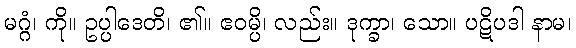
မဂ္ဂံ၊ ကို။ ဥပ္ပါဒေတိ၊ ၏။ ဧဝမ္ပိ၊ လည်း။ ဒုက္ခာ၊ သော။ ပဋိပဒါ နာမ၊